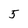
Character: 5